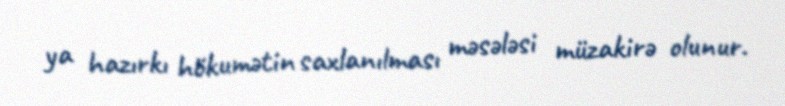
ya hazırkı hökumətin saxlanılması məsələsi müzakirə olunur.